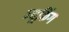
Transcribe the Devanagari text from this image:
न्यूकिंग